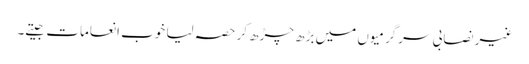
غیر نصابی سرگرمیوں میں بڑھ چڑھ کر حصہ لیا خوب انعامات جیتے۔